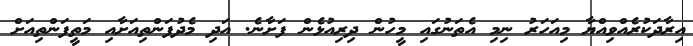
އިރާދަކުރެއްވިއްޔާ މިއަހަރު ނިމި އެތަނުގައި މީހުން ދިރިއުޅެން ފަށާނެ. އަދި މެދުފަންތިއަށާއި މަތީފަންތިއަށް